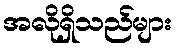
အလိုရှိသည်များ